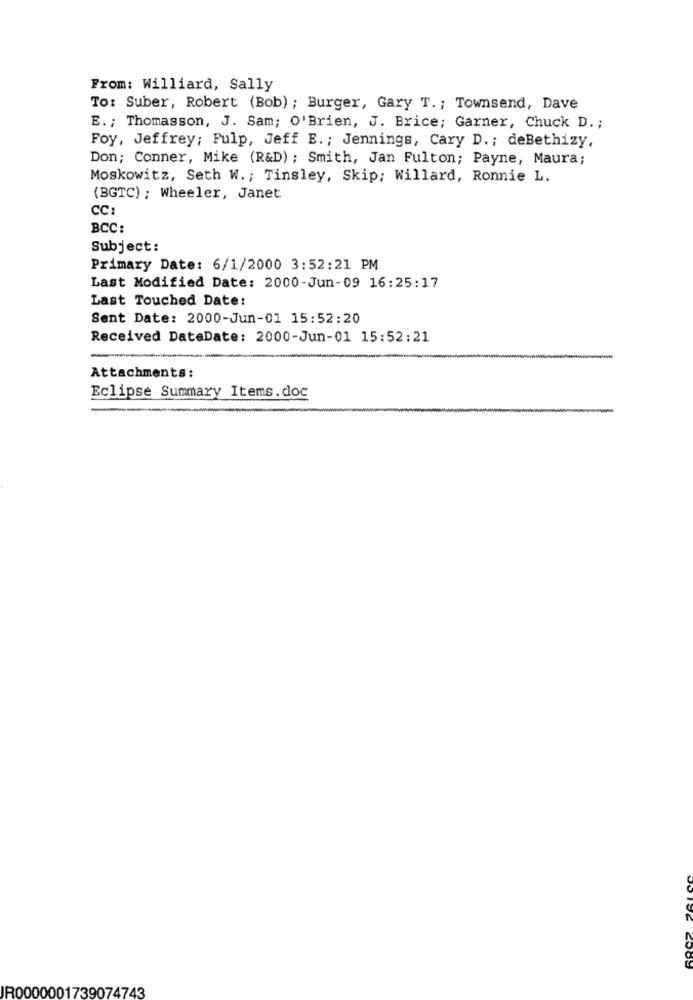
From: Williard, Sally
To: Suber, Robert (Bob) ; Burger, Gary T. ; Townsend, Dave
E .; Thomasson, J. Sam; O'Brien, J. Brice; Garner, Chuck D. ;
Foy, Jeffrey; Pulp, Jeff E. ; Jennings, Cary D. ; deBethizy,
Don; Conner, Mike (R&D) ; Smith, Jan Fulton; Payne, Maura;
Moskowitz, Seth W .; Tinsley, Skip; Willard, Ronnie L.
(BGTC) ; Wheeler, Janet
CC:
BCC:
Subject:
Primary Date: 6/1/2000 3:52:21 PM
Last Modified Date: 2000-Jun-09 16:25:17
Last Touched Date:
Sent Date: 2000-Jun-01 15:52:20
Received DateDate: 2000-Jun-01 15:52:21
Attachments:
Eclipse Summary Items.doc
IR0000001739074743